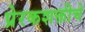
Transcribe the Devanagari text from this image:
प्रेरकशक्तीचे